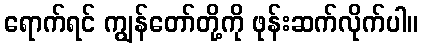
ရောက်ရင် ကျွန်တော်တို့ကို ဖုန်းဆက်လိုက်ပါ။